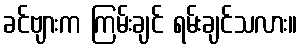
ခင်ဗျားက ကြမ်းချင် ရမ်းချင်သလား။